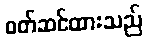
ဝတ်ဆင်ထားသည်